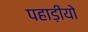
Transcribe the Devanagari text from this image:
पहाड़ीयो